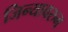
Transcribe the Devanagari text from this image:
जिन्यावरुन